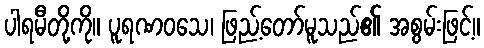
ပါရမီတို့ကို။ ပူရဏဝသေ၊ ဖြည့်တော်မူသည်၏ အစွမ်းဖြင့်။